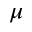
\mu